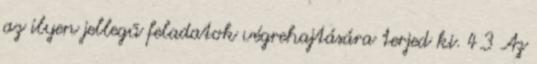
az ilyen jellegű feladatok végrehajtására terjed ki. 4.3 Az